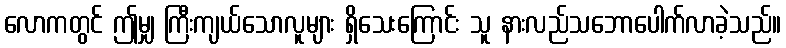
လောကတွင် ဤမျှ ကြီးကျယ်သောလူများ ရှိသေးကြောင်း သူ နားလည်သဘောပေါက်လာခဲ့သည်။